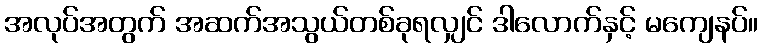
အလုပ်အတွက် အဆက်အသွယ်တစ်ခုရလျှင် ဒါလောက်နှင့် မကျေနပ်။